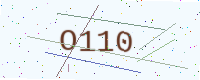
Text: O110